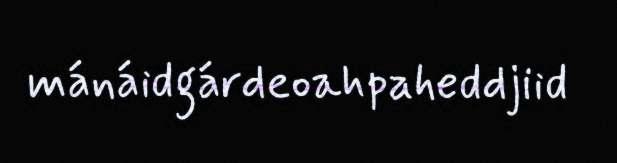
mánáidgárdeoahpaheddjiid